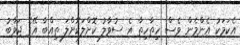
އެކަމަކު އެންމެން ވެސް ހިތާހިތާ އެ ސުވާލު ކޮށްލަކޮށްލަ ތިއްބާ އޭގެ ޖަވާބު